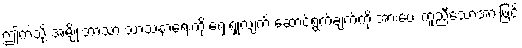
ဤကဲ့သို့ အမျိုးဘာသာ သာသနာရေးကို ရှေးရှုလျက် ဆောင်ရွက်ချက်ကို အားပေး ကူညီသောအားဖြင့်